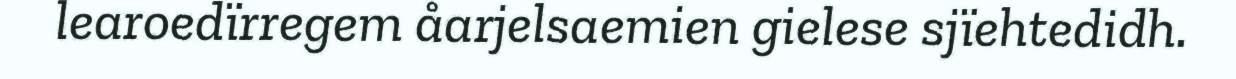
learoedïrregem åarjelsaemien gielese sjïehtedidh.